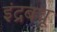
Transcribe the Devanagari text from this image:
इंद्रबधू